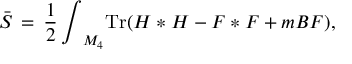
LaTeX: { \bar { \cal { S } } } \, = \, { \frac { 1 } { 2 } } \, { \int } _ { M _ { 4 } } \mathrm { T r } ( H * H - F * F + m B F ) ,